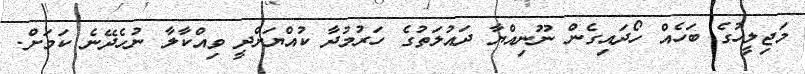
މަޖިލީހުގެ ބަހެއް ހޯދައިގެން ނޫނިއްޔާ ދައުލަތުގެ ހަރުމުދާ ކުއްޔަށްދީ ވިއްކާލާ ނުހެދޭނެ ކަމަށް.